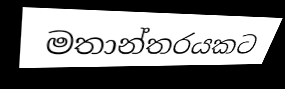
මතාන්තරයකට